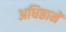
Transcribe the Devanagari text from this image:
अधिष्ठानें